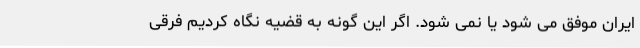
ایران موفق می شود یا نمی شود. اگر این گونه به قضیه نگاه کردیم فرقی